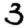
Digit: 3